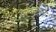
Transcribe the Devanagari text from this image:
प्रॉब्लेमला